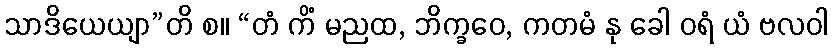
သာဒိယေယျာ”တိ စ။ “တံ ကိံ မညထ, ဘိက္ခဝေ, ကတမံ နု ခေါ ဝရံ ယံ ဗလဝါ